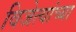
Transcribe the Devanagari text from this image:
विजेत्यांच्या